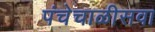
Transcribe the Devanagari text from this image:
पंचेचाळीसवा